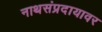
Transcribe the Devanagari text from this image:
नाथसंप्रदायावर